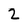
Character: 2